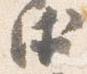
衛